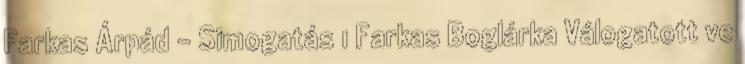
Farkas Árpád - Simogatás 1 Farkas Boglárka Válogatott ve